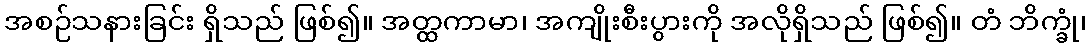
အစဉ်သနားခြင်း ရှိသည် ဖြစ်၍။ အတ္ထကာမာ၊ အကျိုးစီးပွားကို အလိုရှိသည် ဖြစ်၍။ တံ ဘိက္ခုံ၊